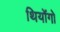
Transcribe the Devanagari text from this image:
थियोंगो